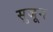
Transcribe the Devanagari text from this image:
सुजून